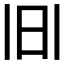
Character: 𱡹